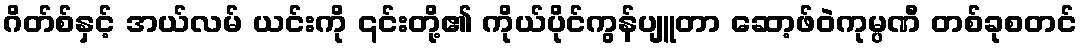
ဂိတ်စ်နှင့် အယ်လမ် ယင်းကို ၎င်းတို့၏ ကိုယ်ပိုင်ကွန်ပျူတာ ဆော့ဖ်ဝဲကုမ္ပဏီ တစ်ခုစတင်